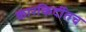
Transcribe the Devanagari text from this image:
कारकिर्दीतच